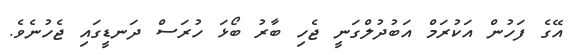
އޭގެ ފަހުން އަކުރަމް އަބުދުލްގަނީ ޖެހި ބާރު ބޯޅަ ހުރަސް ދަނޑީގައި ޖެހުނެވެ.